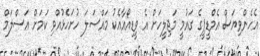
އެހެންވިޔަސް އެމްޑީޕީގެ ގައުމީ މަޖިލީހަށް އެ ވީޑިއޯއާއެކު މައްސަލަ ހުށަހެޅުއްވި ކަމަށް އަސްލަމް